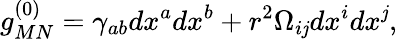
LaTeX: g_{MN}^{(0)}=\gamma_{ab}dx^{a}dx^{b}+r^{2}\Omega_{i\mathit{j}}dx^{i}dx^{\mathit{j}},